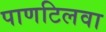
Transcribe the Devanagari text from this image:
पाणटिलवा